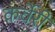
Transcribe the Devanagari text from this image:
कर्वेरी